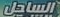
الساحل